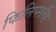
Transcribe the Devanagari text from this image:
फिलिप्सलैंड